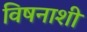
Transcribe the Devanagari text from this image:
विषनाशी